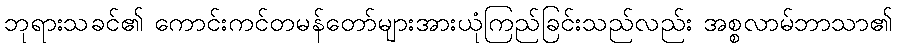
ဘုရားသခင်၏ ကောင်းကင်တမန်တော်များအားယုံကြည်ခြင်းသည်လည်း အစ္စလာမ်ဘာသာ၏